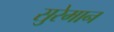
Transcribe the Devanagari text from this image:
सुरेमान